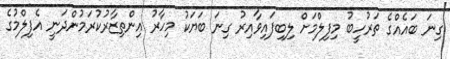
ގިނަ ބައެއްގެ ތަރުހީބު މިފިލްމަށް ލިބިފައިވާއިރު ގިނަ ބަޔަކު މިހާރު އިންތިޒާރުކުރަމުންދަނީ އެފިލްމުގެ